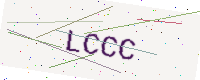
Text: LCCC